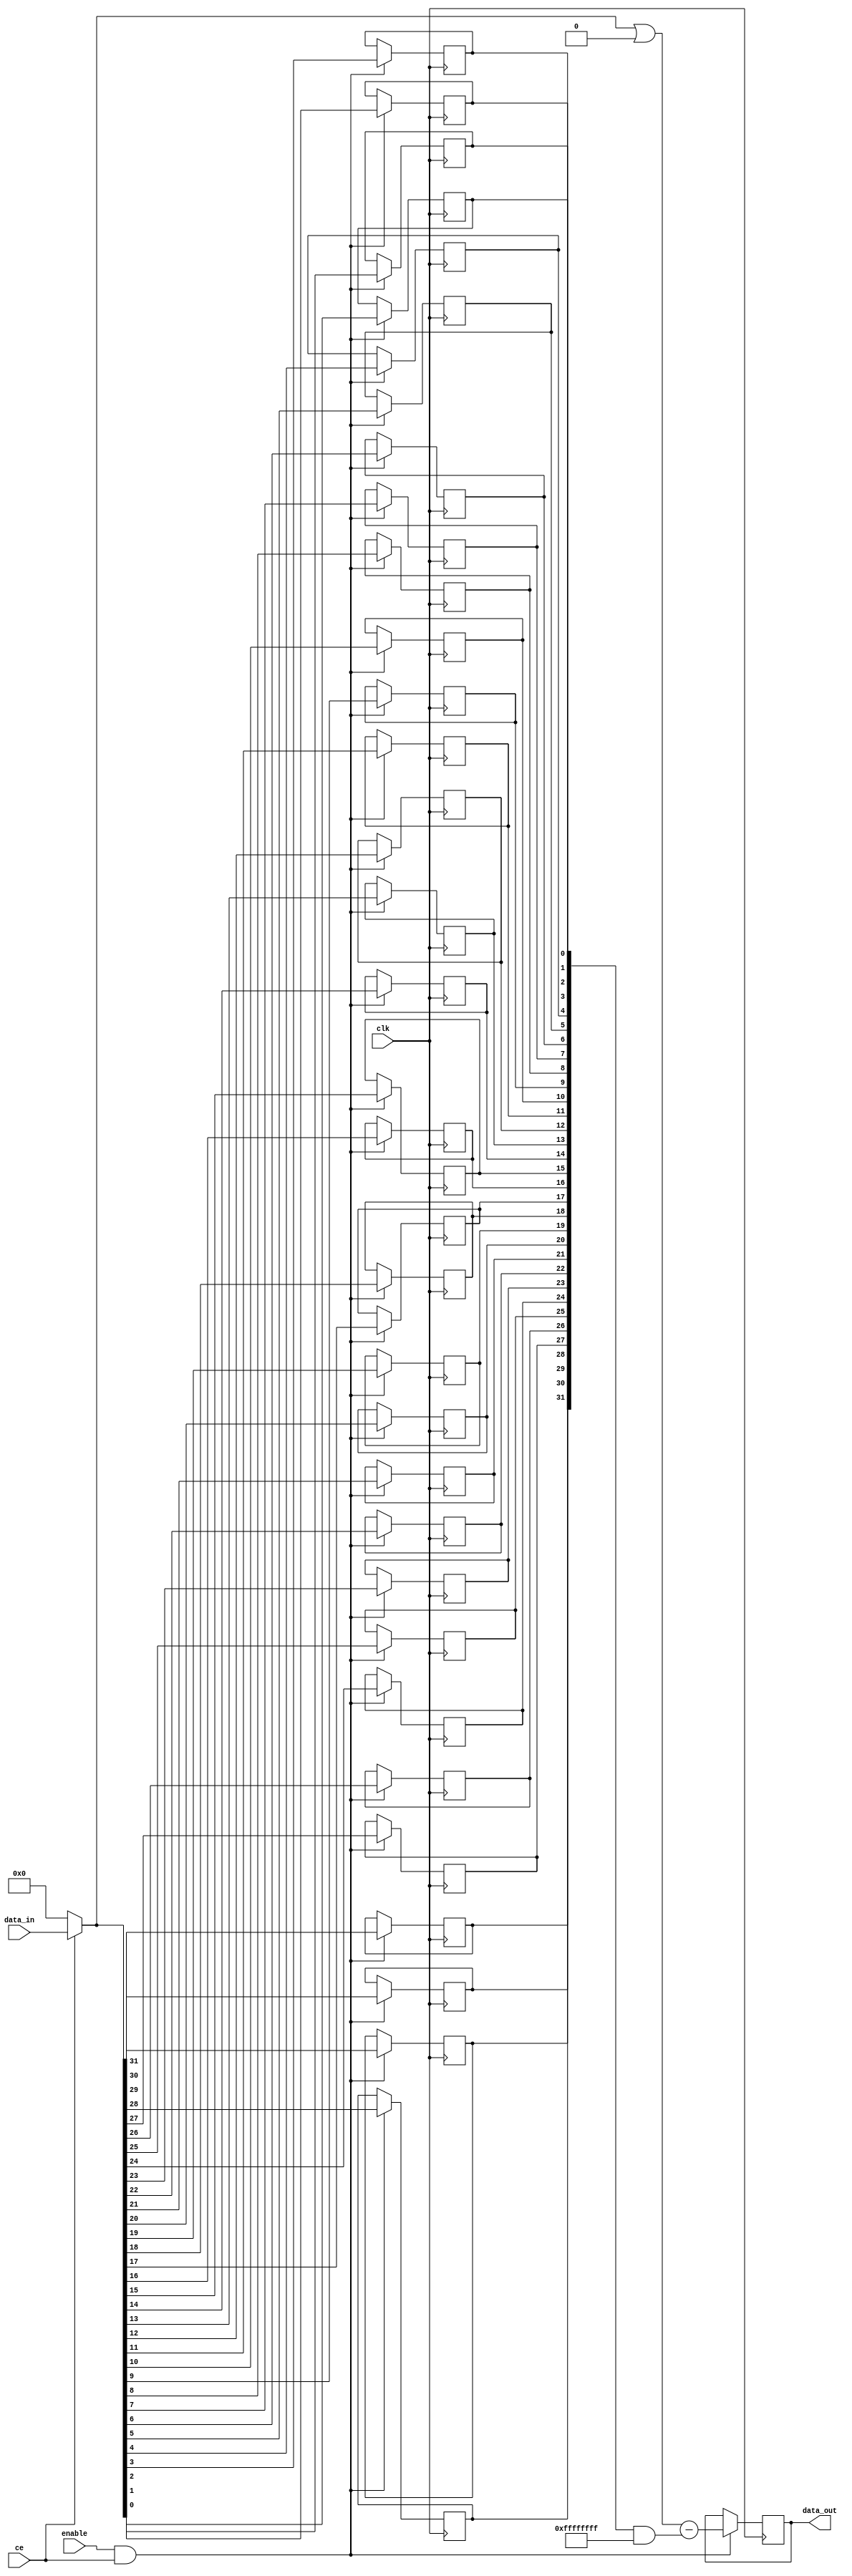
// ***************************************************************************
// ***************************************************************************
// Copyright 2014 - 2017 (c) Analog Devices, Inc. All rights reserved.
//
// In this HDL repository, there are many different and unique modules, consisting
// of various HDL (Verilog or VHDL) components. The individual modules are
// developed independently, and may be accompanied by separate and unique license
// terms.
//
// The user should read each of these license terms, and understand the
// freedoms and responsibilities that he or she has by using this source/core.
//
// This core is distributed in the hope that it will be useful, but WITHOUT ANY
// WARRANTY; without even the implied warranty of MERCHANTABILITY or FITNESS FOR
// A PARTICULAR PURPOSE.
//
// Redistribution and use of source or resulting binaries, with or without modification
// of this file, are permitted under one of the following two license terms:
//
//   1. The GNU General Public License version 2 as published by the
//      Free Software Foundation, which can be found in the top level directory
//      of this repository (LICENSE_GPL2), and also online at:
//      <https://www.gnu.org/licenses/old-licenses/gpl-2.0.html>
//
// OR
//
//   2. An ADI specific BSD license, which can be found in the top level directory
//      of this repository (LICENSE_ADIBSD), and also on-line at:
//      https://github.com/analogdevicesinc/hdl/blob/master/LICENSE_ADIBSD
//      This will allow to generate bit files and not release the source code,
//      as long as it attaches to an ADI device.
//
// ***************************************************************************
// ***************************************************************************

`timescale 1ns/100ps

module cic_comb #(
  parameter DATA_WIDTH = 32,
  parameter SEQ = 1,
  parameter STAGE_WIDTH = 1,
  parameter NUM_STAGES = 1
) (
  input clk,
  input ce,
  input [NUM_STAGES-1:0] enable,
  input [DATA_WIDTH-1:0] data_in,
  output [DATA_WIDTH-1:0] data_out
);

reg [SEQ-1:0] storage[0:DATA_WIDTH-1];
reg [DATA_WIDTH-1:0] state = 'h00;

reg [2:0] counter = 'h00;
reg active = 1'b0;

integer x;

initial begin
  for (x = 0; x < DATA_WIDTH; x = x + 1) begin
    storage[x] = 'h00;
  end
end

generate if (SEQ != 1) begin

always @(posedge clk) begin
  if (ce == 1'b1) begin
    counter <= SEQ-1;
    active <= 1'b1;
  end else if (active == 1'b1) begin
    counter <= counter - 1'b1;
    if (counter == 'h1) begin
      active <= 1'b0;
    end
  end
end

end
endgenerate

wire [DATA_WIDTH-1:0] mask;
reg [DATA_WIDTH-1:0] data_in_seq;
wire [DATA_WIDTH-1:0] storage_out;
wire [DATA_WIDTH-1:0] diff = (data_in_seq | ~mask) - (storage_out & mask);

always @(*) begin
  if (ce == 1'b1) begin
    data_in_seq <= data_in;
  end else begin
    data_in_seq <= SEQ != 1 ? state : 'h00;
  end
end

generate
genvar i, j;

for (j = 0; j < NUM_STAGES; j = j + 1) begin
  localparam k = NUM_STAGES - j - 1;
  localparam H = DATA_WIDTH - STAGE_WIDTH * j - 1;
  localparam L = k == 0 ? 0 : DATA_WIDTH - STAGE_WIDTH * (j+1);

  assign mask[H:L] = {{H-L{1'b1}},k != 0 ? enable[k] : 1'b1};

  for (i = L; i <= H; i = i + 1) begin: shift_r
    always @(posedge clk) begin
      if (enable[k] == 1'b1 && (ce == 1'b1 || active == 1'b1)) begin
        if (SEQ > 1) begin
          storage[i] <= {storage[i][SEQ-2:0],data_in_seq[i]};
        end else begin
          storage[i] <= data_in_seq[i];
        end
      end
    end

    assign storage_out[i] = storage[i][SEQ-1];

  end

  always @(posedge clk) begin
    if (enable[k] == 1'b1 && (ce == 1'b1 || active == 1'b1)) begin
      state[H:L] <= diff[H:L];
    end
  end
end

endgenerate

assign data_out = state;

endmodule